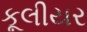
કૂલીયર